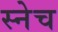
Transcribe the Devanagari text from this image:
स्नेच